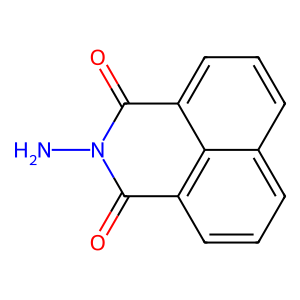
SMILES: NN1C(=O)c2cccc3cccc(c23)C1=O
Inhibits HIV replication: No